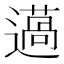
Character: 𨗲